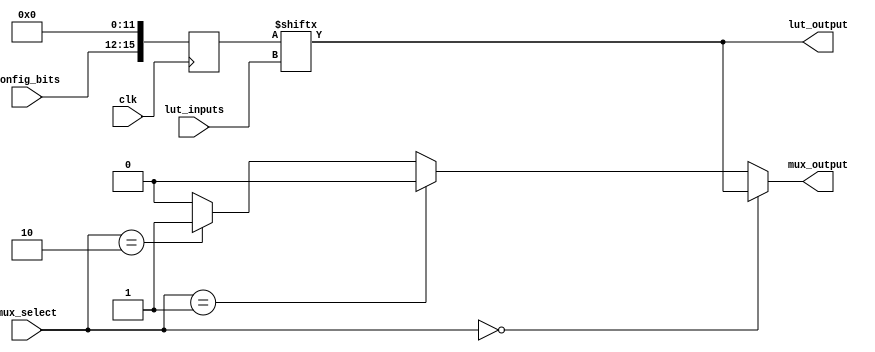
module CLB (
    input wire [3:0] lut_inputs,      // 4 inputs for the LUT
    input wire [1:0] mux_select,      // Select signal for the multiplexer
    input wire clk,                   // Clock signal (for synchronous operations)
    input wire [3:0] config_bits,     // Configuration bits for LUT
    output wire lut_output,           // Output from the LUT
    output wire mux_output            // Output from the multiplexer
);

// Lookup Table (LUT) implementation
reg [15:0] lut_memory; // 4-input LUT can represent 16 different outputs

// Configuration memory to set LUT behavior
always @(posedge clk) begin
    lut_memory <= {config_bits, 12'b0}; // Load configuration bits into LUT memory
end

// LUT logic
assign lut_output = lut_memory[lut_inputs]; // Output based on LUT configuration

// Multiplexer implementation
reg [3:0] mux_inputs; // Inputs to the multiplexer

// Example inputs for the multiplexer
always @(*) begin
    mux_inputs[0] = lut_output; // Connect LUT output to mux input 0
    mux_inputs[1] = 1'b0;        // Example static input
    mux_inputs[2] = 1'b1;        // Example static input
    mux_inputs[3] = 1'b0;        // Example static input
end

// Multiplexer logic
assign mux_output = (mux_select == 2'b00) ? mux_inputs[0] :
                    (mux_select == 2'b01) ? mux_inputs[1] :
                    (mux_select == 2'b10) ? mux_inputs[2] :
                    mux_inputs[3]; // Default case

endmodule